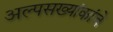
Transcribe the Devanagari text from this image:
अल्पसख्यांकांचे